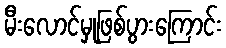
မီးလောင်မှုဖြစ်ပွားကြောင်း